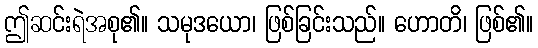
ဤဆင်းရဲအစု၏။ သမုဒယော၊ ဖြစ်ခြင်းသည်။ ဟောတိ၊ ဖြစ်၏။